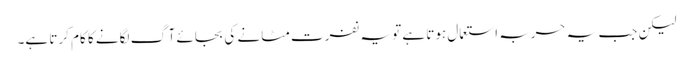
لیکن جب یہ حربہ استعمال ہوتا ہے تو یہ نفرت مٹانے کی بجائے آگ لگانے کا کام کرتا ہے۔